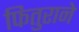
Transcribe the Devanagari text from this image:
फितुराने